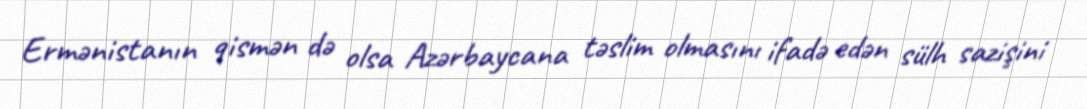
Ermənistanın qismən də olsa Azərbaycana təslim olmasını ifadə edən sülh sazişini